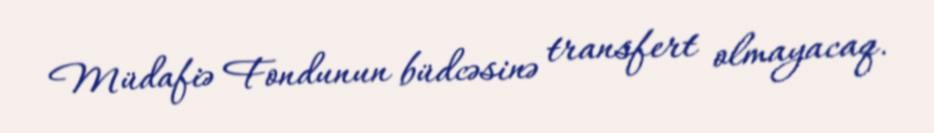
Müdafiə Fondunun büdcəsinə transfert olmayacaq.